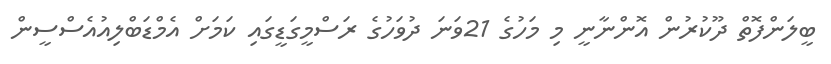
ބީލަންފޮތް ދޫކުރުން އޮންނާނީ މި މަހުގެ 21ވަނަ ދުވަހުގެ ރަސްމީގަޑީގައި ކަމަށް އެމްޑަބްލިއުއެސްސީން